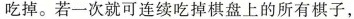
吃掉。若一次就可连续吃掉棋盘上的所有棋子，